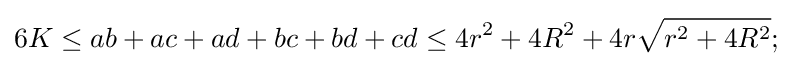
6K\leq ab+ac+ad+bc+bd+cd\leq 4r^{2}+4R^{2}+4r{\sqrt {r^{2}+4R^{2}}};